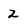
Character: Z